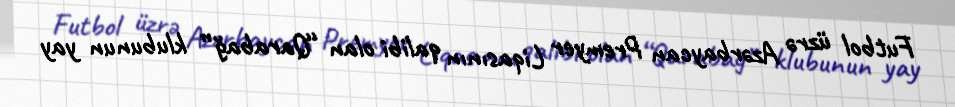
Futbol üzrə Azərbaycan Premyer Liqasının qalibi olan “Qarabağ” klubunun yay